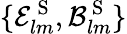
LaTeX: \{ \mathcal{E}_{lm}^{{\mathrm{~S~}}},\mathcal{B}_{lm}^{{\mathrm{~S~}}}\}